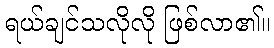
ရယ်ချင်သလိုလို ဖြစ်လာ၏။